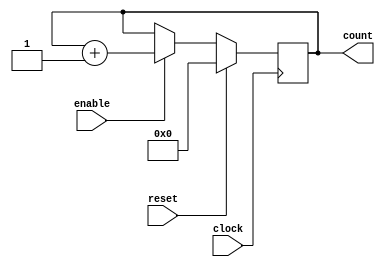
`timescale 1ns / 100ps

module counter_16 (clock, enable, reset, count);
	parameter BIT_SZ = 16;
	input clock;
	input enable;
	input reset;
	output [BIT_SZ-1:0] count;
	
	reg [BIT_SZ-1:0] count;
	
	initial count = 0;
	
	always @ (posedge clock)
	begin
		if (enable == 1'b1)
			count <= count + 1'b1;
		if (reset == 1'b1)
			count <= 0;
	end

endmodule